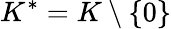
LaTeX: K^{*}=K\setminus\{ 0\}